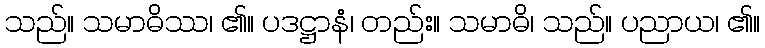
သည်။ သမာဓိဿ၊ ၏။ ပဒဋ္ဌာနံ၊ တည်း။ သမာဓိ၊ သည်။ ပညာယ၊ ၏။